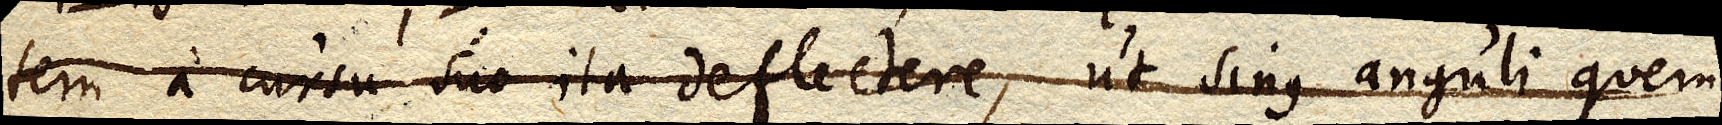
tem a cursu suo ita deflectere, ut sinus anguli quem